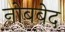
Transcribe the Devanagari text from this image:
नोबबेद